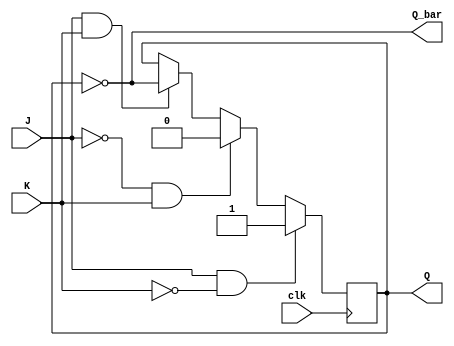
module jk_flipflop (
    input wire J,
    input wire K,
    input wire clk,
    output reg Q,
    output reg Q_bar
);

reg state;

always @(posedge clk) begin
    if (J & ~K)
        state <= 1;
    else if (~J & K)
        state <= 0;
    else if (J & K)
        state <= ~state;
end

assign Q = state;
assign Q_bar = ~state;

endmodule